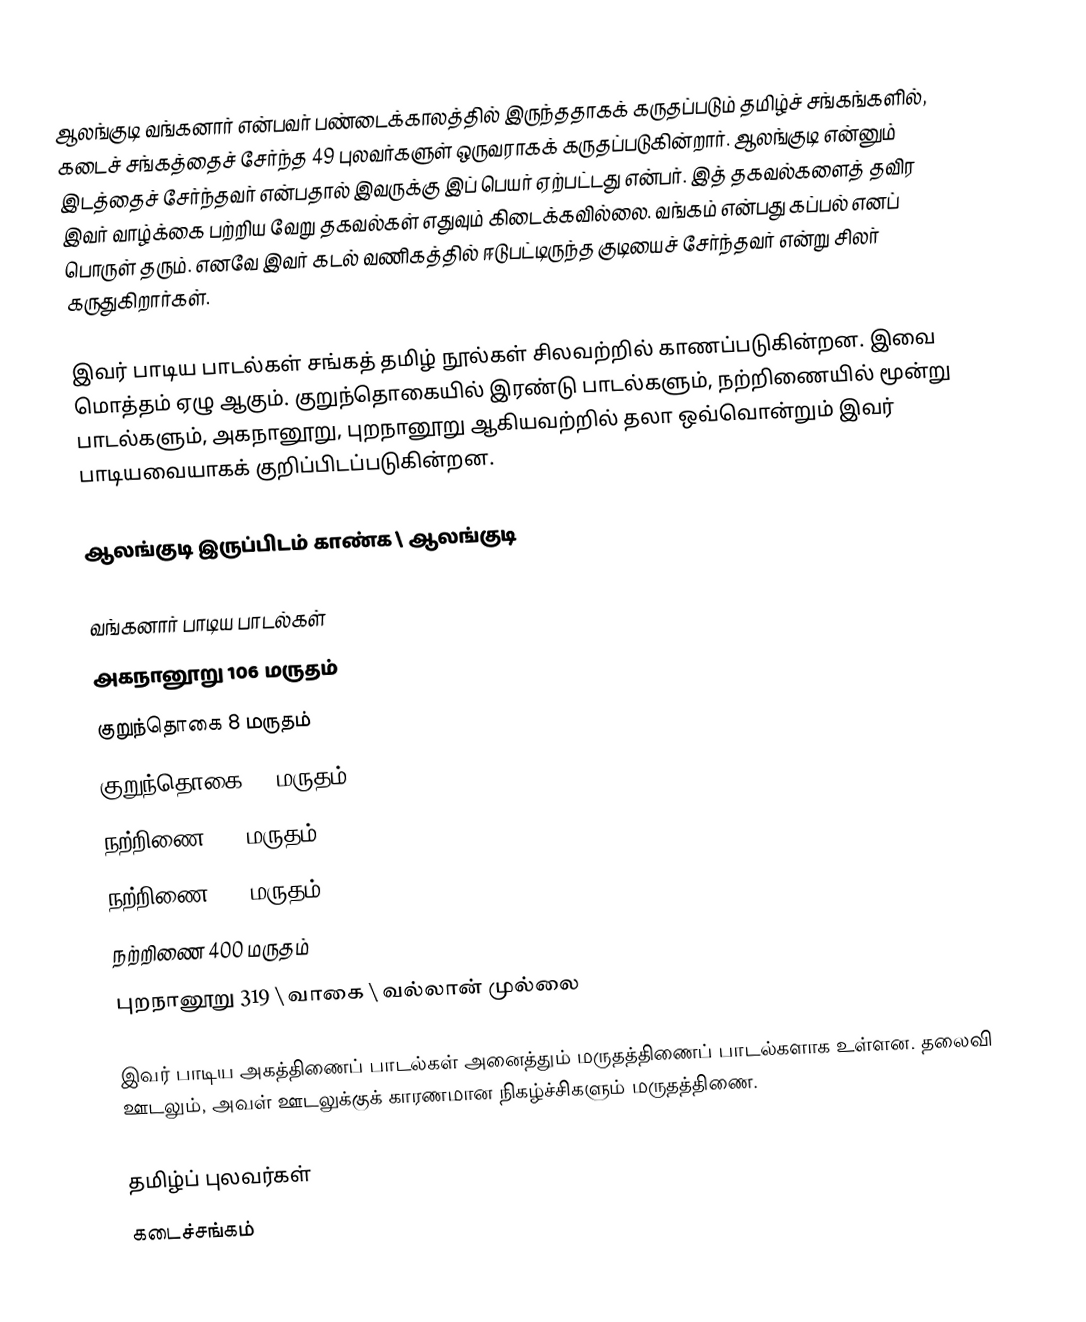
ஆலங்குடி வங்கனார் என்பவர் பண்டைக்காலத்தில் இருந்ததாகக் கருதப்படும் தமிழ்ச் சங்கங்களில், கடைச் சங்கத்தைச் சேர்ந்த 49 புலவர்களுள் ஒருவராகக் கருதப்படுகின்றார். ஆலங்குடி என்னும் இடத்தைச் சேர்ந்தவர் என்பதால் இவருக்கு இப் பெயர் ஏற்பட்டது என்பர். இத் தகவல்களைத் தவிர இவர் வாழ்க்கை பற்றிய வேறு தகவல்கள் எதுவும் கிடைக்கவில்லை. வங்கம் என்பது கப்பல் எனப் பொருள் தரும். எனவே இவர் கடல் வணிகத்தில் ஈடுபட்டிருந்த குடியைச் சேர்ந்தவர் என்று சிலர் கருதுகிறார்கள்.

இவர் பாடிய பாடல்கள் சங்கத் தமிழ் நூல்கள் சிலவற்றில் காணப்படுகின்றன. இவை மொத்தம் ஏழு ஆகும். குறுந்தொகையில் இரண்டு பாடல்களும், நற்றிணையில் மூன்று பாடல்களும், அகநானூறு, புறநானூறு ஆகியவற்றில் தலா ஒவ்வொன்றும் இவர் பாடியவையாகக் குறிப்பிடப்படுகின்றன.

ஆலங்குடி இருப்பிடம் காண்க \ ஆலங்குடி

வங்கனார் பாடிய பாடல்கள்
அகநானூறு 106 மருதம்
குறுந்தொகை 8 மருதம்
குறுந்தொகை 45 மருதம்
நற்றிணை 230 மருதம்
நற்றிணை 330 மருதம்
நற்றிணை 400 மருதம்
புறநானூறு 319 \ வாகை \ வல்லான் முல்லை

இவர் பாடிய அகத்திணைப் பாடல்கள் அனைத்தும் மருதத்திணைப் பாடல்களாக உள்ளன. தலைவி ஊடலும், அவள் ஊடலுக்குக் காரணமான நிகழ்ச்சிகளும் மருதத்திணை.

தமிழ்ப் புலவர்கள்
கடைச்சங்கம்